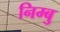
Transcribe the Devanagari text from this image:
निम्बु